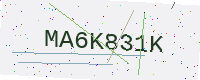
Text: MA6K831K